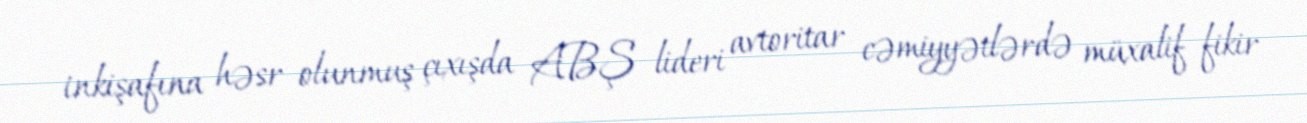
inkişafına həsr olunmuş çıxışda ABŞ lideri avtoritar cəmiyyətlərdə müxalif fikir